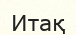
Итақ